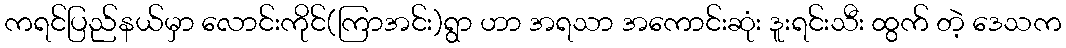
ကရင်ပြည်နယ်မှာ လောင်းကိုင်(ကြာအင်း)ရွာ ဟာ အရသာ အကောင်းဆုံး ဒူးရင်းသီး ထွက် တဲ့ ဒေသက